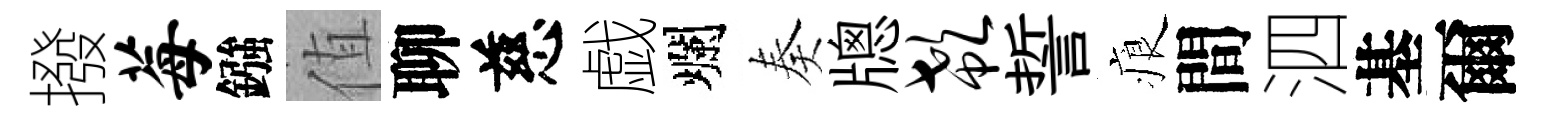
撥莓鏹值聊慈戯爛奏牕欷誓痕間泗基爾